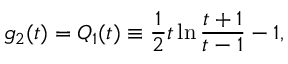
g _ { 2 } ( t ) = Q _ { 1 } ( t ) \equiv { \frac { 1 } { 2 } } t \ln { \frac { t + 1 } { t - 1 } } - 1 ,